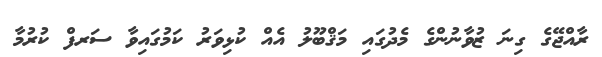
ރާއްޖޭގެ ގިނަ ޒުވާނުންގެ މެދުގައި މަޤްބޫލު އެއް ކުޅިވަރު ކަމުގައިވާ ސަރފް ކުރުމާ